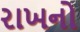
રાખનો